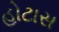
હોટાસ